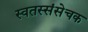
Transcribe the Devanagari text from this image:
स्वतस्संसेचक